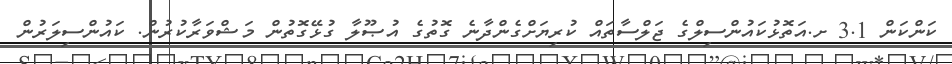
ކަންކަން 3.1 ށ.އަތޮޅުކައުންސިލްގެ ޖަލްސާތައް ކުރިޔަށްގެންދާނެ ގޮތުގެ އުޞޫލާ ގުޅޭގޮތުން މަޝްވަރާކުރުން. ކައުންސިލަރުން